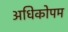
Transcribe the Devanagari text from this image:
अधिकोपम